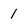
Character: 1